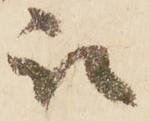
被